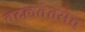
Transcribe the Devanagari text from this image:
बदलतेतसेच